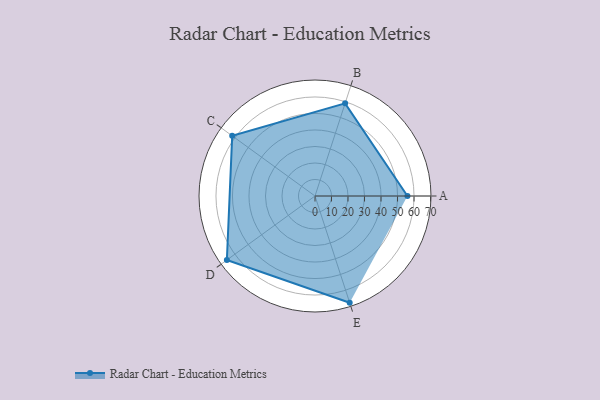
{"axis": {"x": "Skill", "y": "Score"}, "legend": ["Profile"], "data": [{"x": "A", "y": 56.0, "type": "Profile"}, {"x": "B", "y": 59.0, "type": "Profile"}, {"x": "C", "y": 62.0, "type": "Profile"}, {"x": "D", "y": 66.0, "type": "Profile"}, {"x": "E", "y": 68.0, "type": "Profile"}]}